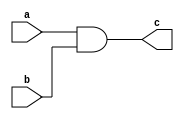
// This program was cloned from: https://github.com/haojunliu/OpenFPGA
// License: BSD 2-Clause "Simplified" License

module testmodule (a,b,c);

input [31:0] a;
input [31:0] b;
output [31:0] c;

assign c = a & b;

endmodule